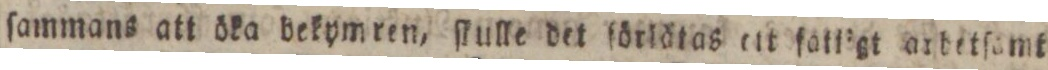
ſammans att öka bekymren, ſkulle det ſörlätas ett fall’gt arbetſamt